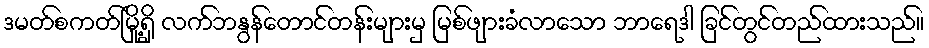
ဒမတ်စကတ်မြို့ရှိ လက်ဘနွန်တောင်တန်းများမှ မြစ်ဖျားခံလာသော ဘာရေဒါ ခြင်တွင်တည်ထားသည်။